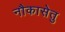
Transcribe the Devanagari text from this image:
नौकासेतु